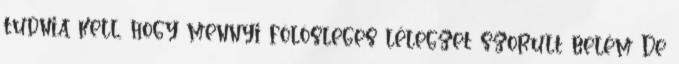
tudnia kell, hogy mennyi fölösleges lélegzet szorult belém De